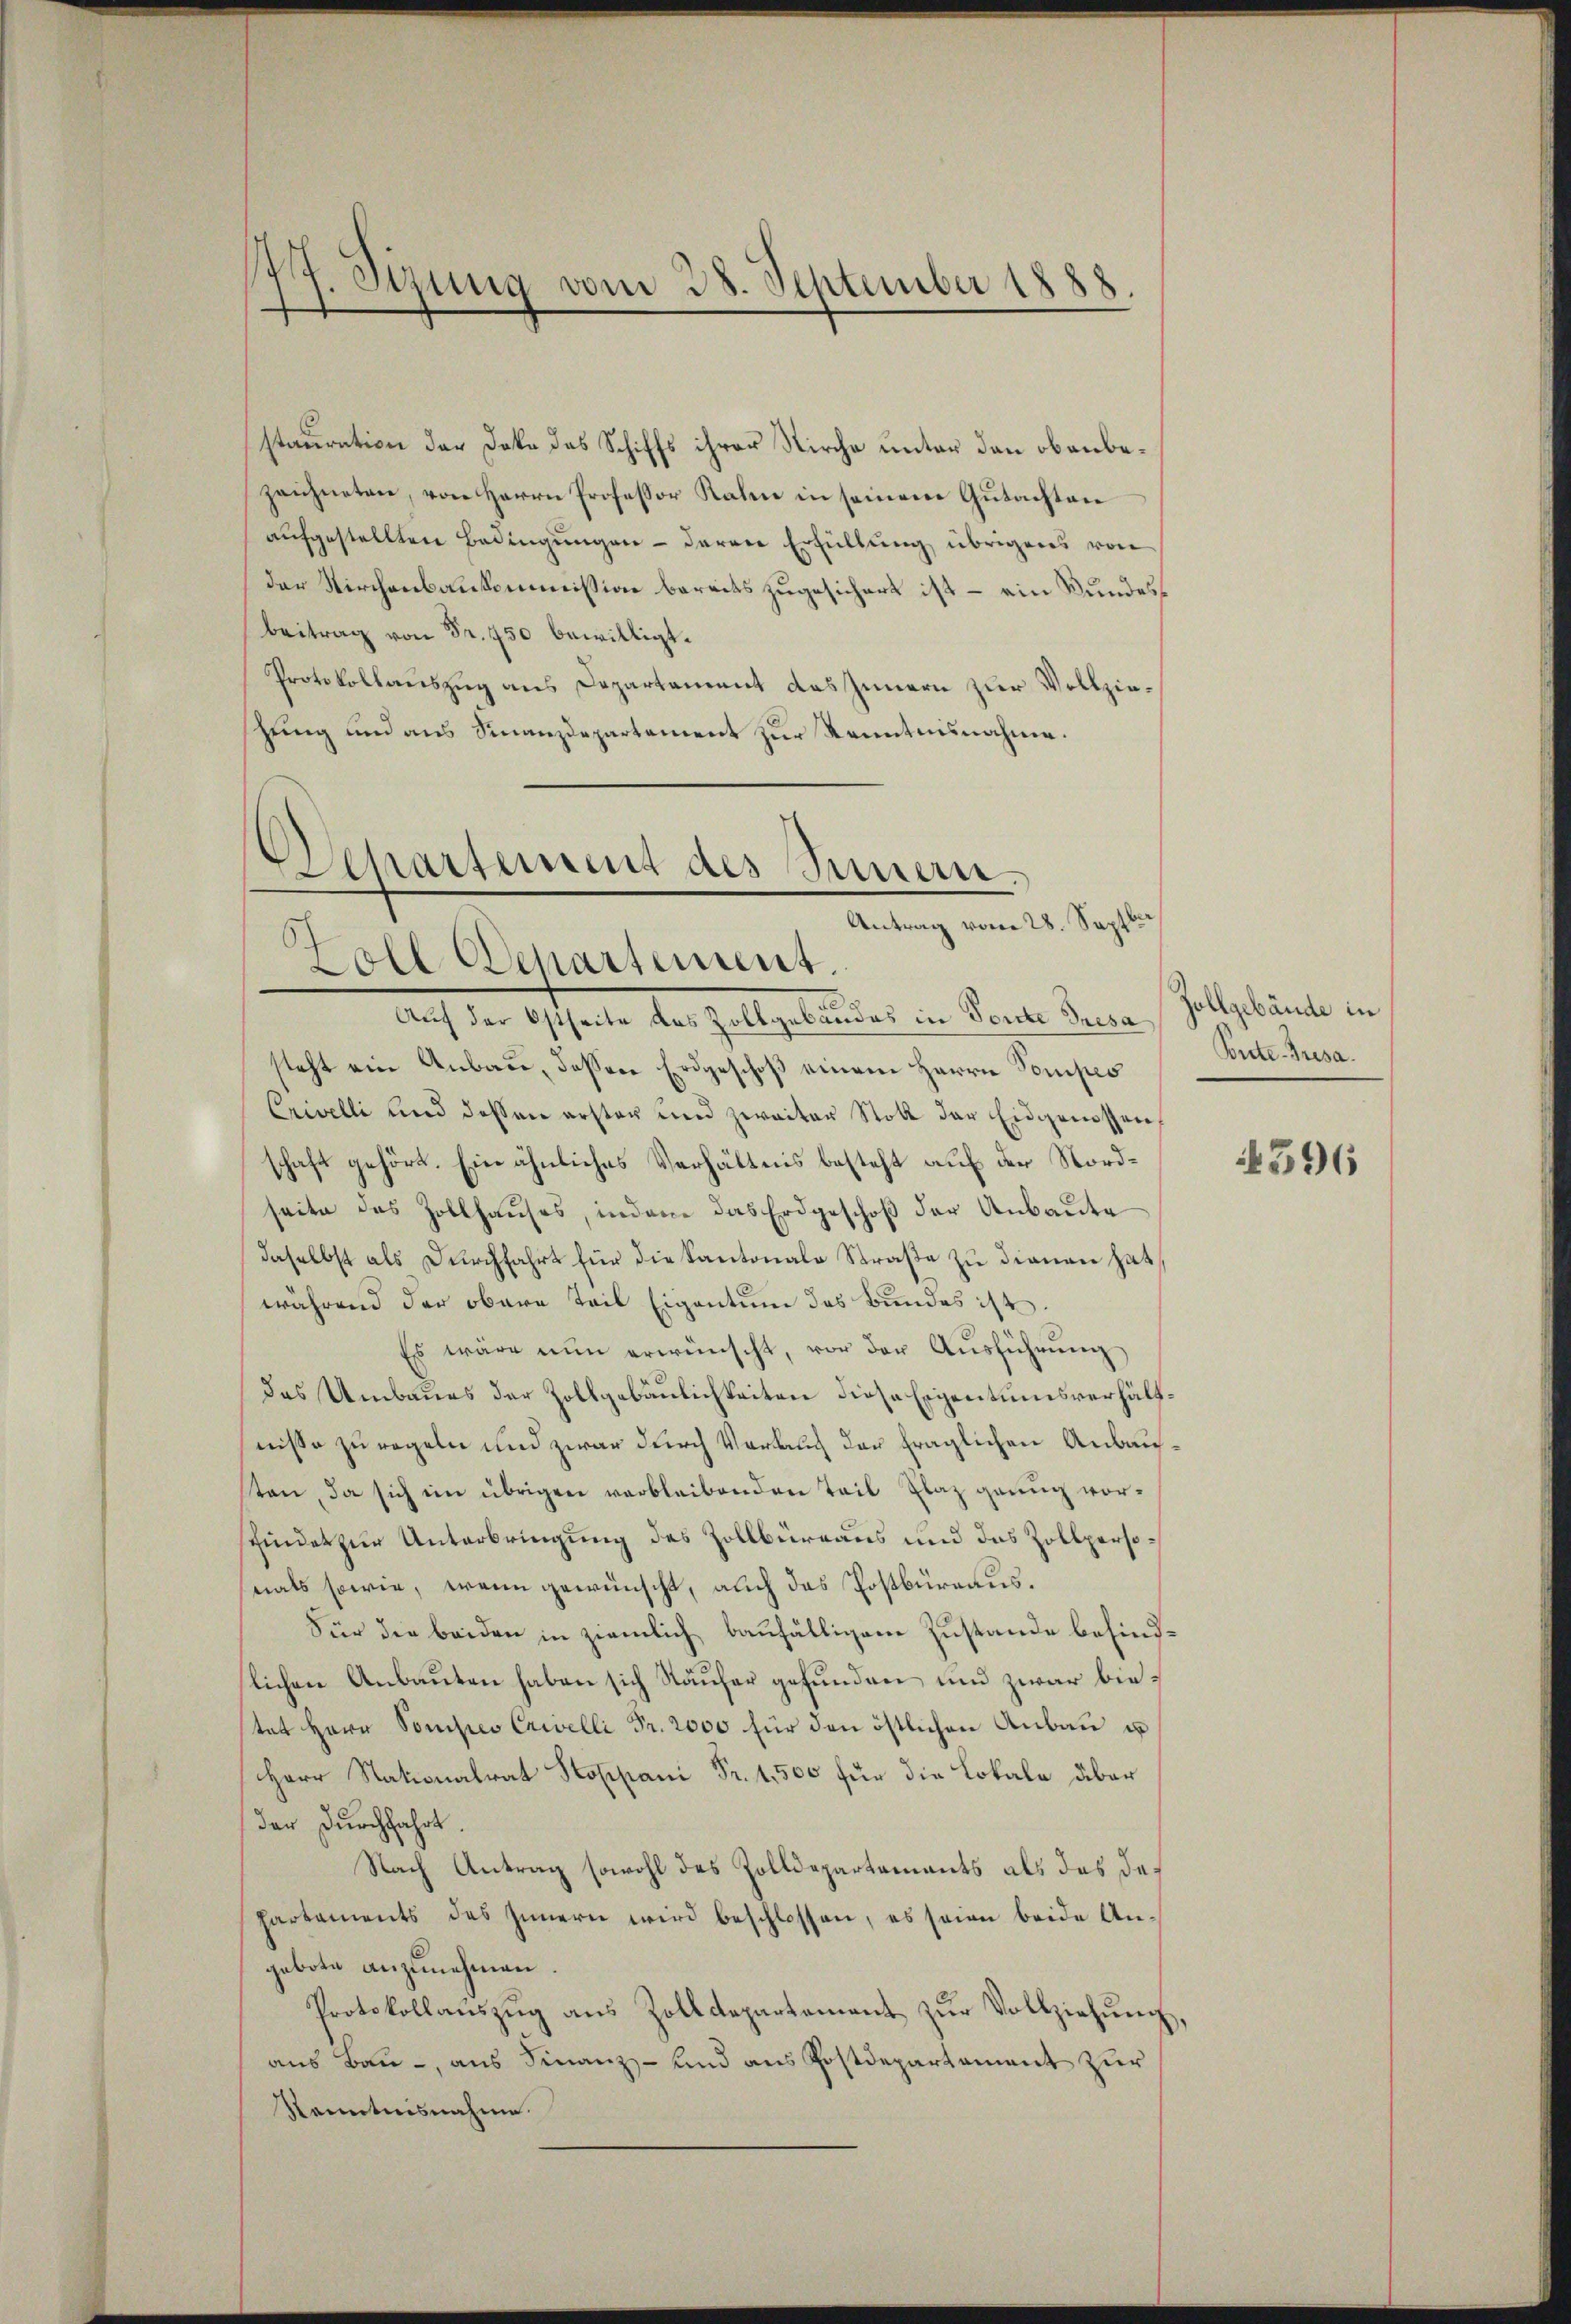
stauration der Doko des Schiffs ihrer Kirche unter den obenbezeichneten, von Herrn Professor Kalen in seinem Gutachten
aufgestellten Bedingungen - daran Erfüllung übrigens von
der Kirchenbaukommission bereits zugesichert ist – ein Wundesbeitrag von Fr. 750 bewilligt.
Protokollauszug aus Departement das Innern zur Vollziestung und aus Finanzdepartement zur Kenntnisnahme.
Auf der Ostseite des Zollgebäudes in Torte Tresa Zollgebäude in
steht ein Anbau, dessen Erdgeschoß einem Herrn Pompes
Crivelli und dessen erster und zweiter Stoll der Eidgenossen,
schaft gehört. Ein ähnliches Verhältnis besteht auf der Nordseite des Zollhauses, indem das Erdgeschoß der Anbaute
daselbst als Durchfahrt für die Kantonale Straße zu dienen hat,
während der obere Teil Eigentum des Bundes ist.
Es wäre nŭn erwünscht, vor der Aŭsführŭng
des Umbaues der Zollgebäulichkeiten diese Eigentumsverhältnisse zu regeln und zwar durch Verlauch der fraglichen Anbauten, da sich im übrigen verbleibenden Teil Plaz genug vorsfindet zur Unterbringung des Zollbüreaus und das Zollpersomals sowie, wenn gewünscht, auch das Postbüreaus.
Für die beiden in ziemlich baufälligem Zustande befindlichen Anbauten haben sich Käufer gefunden und zwar bietet Herr Somises Crivelli Fr. 2000 für den östlichen Anbau un
Herr Stationalrat Stoppani Fr. 1,500 für die Lokale über
der Durchfahrt.
Nach Antrag sowohl des Zolldepartements als das des
hartements des Innern wird beschlossen, es seien beide Ungebote anzunehmen.
Protokollauszug aus Zolldepartement zur Vollziehung,
aus Bau-, aus Finanz- und aus Postdepartement zur
Kenntnisnahme.
—

17. Sitzung vom 28. September 1888.

Departement des Sinnern.
Antrag vom 28. Sept.
6
oll Departement.

Ponte Gresa.

596